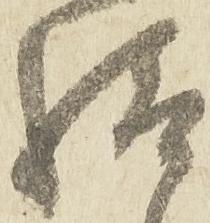
給